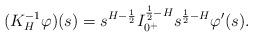
LaTeX: \begin{align*}(K_H^{-1} \varphi)(s) = s^{H-\frac{1}{2}} I_{0^+}^{\frac{1}{2}-H} s^{\frac{1}{2}-H}\varphi'(s).\end{align*}